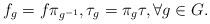
LaTeX: \begin{align*}f_g=f\pi_{g^{-1}}, \tau_g =\pi_g \tau, \forall g \in G.\end{align*}